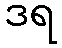
ဒရ